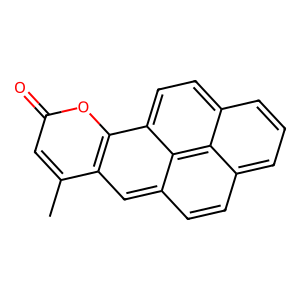
SMILES: Cc1cc(=O)oc2c1cc1ccc3cccc4ccc2c1c34
Inhibits HIV replication: No